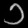
Digit: ၁